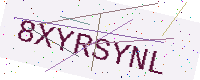
Text: 8XYRSYNL